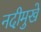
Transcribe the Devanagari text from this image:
नदीमुखे